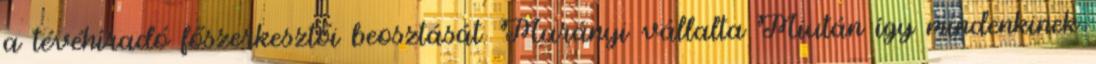
a té­véhíradó főszerkesztői beosztását. Murányi vállalta Miután így mindenkinek